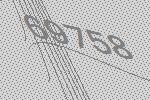
69758